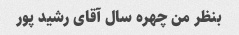
بنظر من چهره سال آقای رشید پور